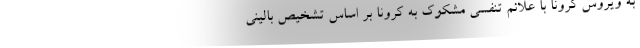
به ویروس کرونا با علائم تنفسی مشکوک به کرونا بر اساس تشخیص بالینی